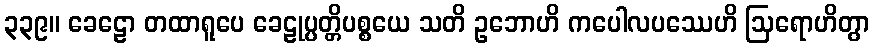
၃၃၉။ ခေဠော တထာရူပေ ခေဠုပ္ပတ္တိပစ္စယေ သတိ ဥဘောဟိ ကပေါလပဿေဟိ ဩရောဟိတွာ